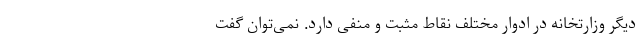
دیگر وزارتخانه در ادوار مختلف نقاط مثبت و منفی دارد. نمی‌توان گفت